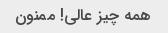
همه چیز عالی! ممنون